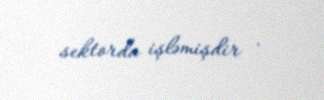
sektorda işləmişdir .